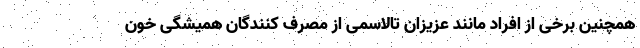
همچنین برخی از افراد مانند عزیزان تالاسمی از مصرف کنندگان همیشگی خون